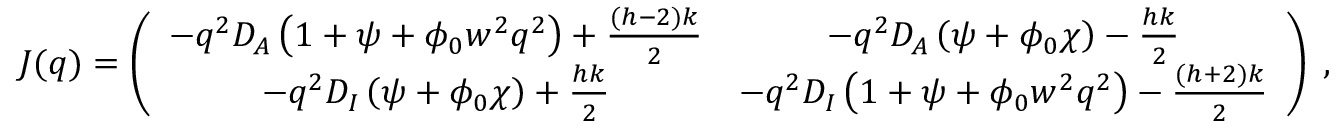
{ \boldsymbol J } ( \boldsymbol q ) = \left( \begin{array} { c c } { - \boldsymbol q ^ { 2 } D _ { A } \left( 1 + \psi + \phi _ { 0 } w ^ { 2 } \boldsymbol q ^ { 2 } \right) + \frac { ( h - 2 ) k } { 2 } } & { - \boldsymbol q ^ { 2 } D _ { A } \left( \psi + \phi _ { 0 } \chi \right) - \frac { h k } { 2 } } \\ { - \boldsymbol q ^ { 2 } D _ { I } \left( \psi + \phi _ { 0 } \chi \right) + \frac { h k } { 2 } } & { - \boldsymbol q ^ { 2 } D _ { I } \left( 1 + \psi + \phi _ { 0 } w ^ { 2 } \boldsymbol q ^ { 2 } \right) - \frac { ( h + 2 ) k } { 2 } } \end{array} \right) \; ,